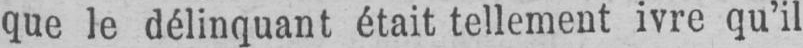
que le délinquant était tellement ivre qu’il